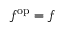
f ^ { \mathrm { o p } } = f